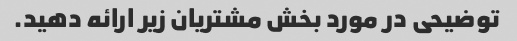
توضیحی در مورد بخش مشتریان زیر ارائه دهید.